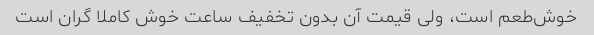
خوش‌طعم است، ولی قیمت آن بدون تخفیف ساعت خوش کاملا گران است